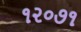
૧૨૦૭૧